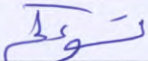
تسؤكم